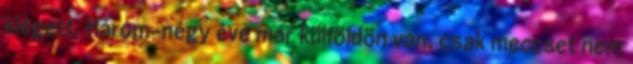
kiégett. Három-négy éve már külföldön van, csak meccset nem